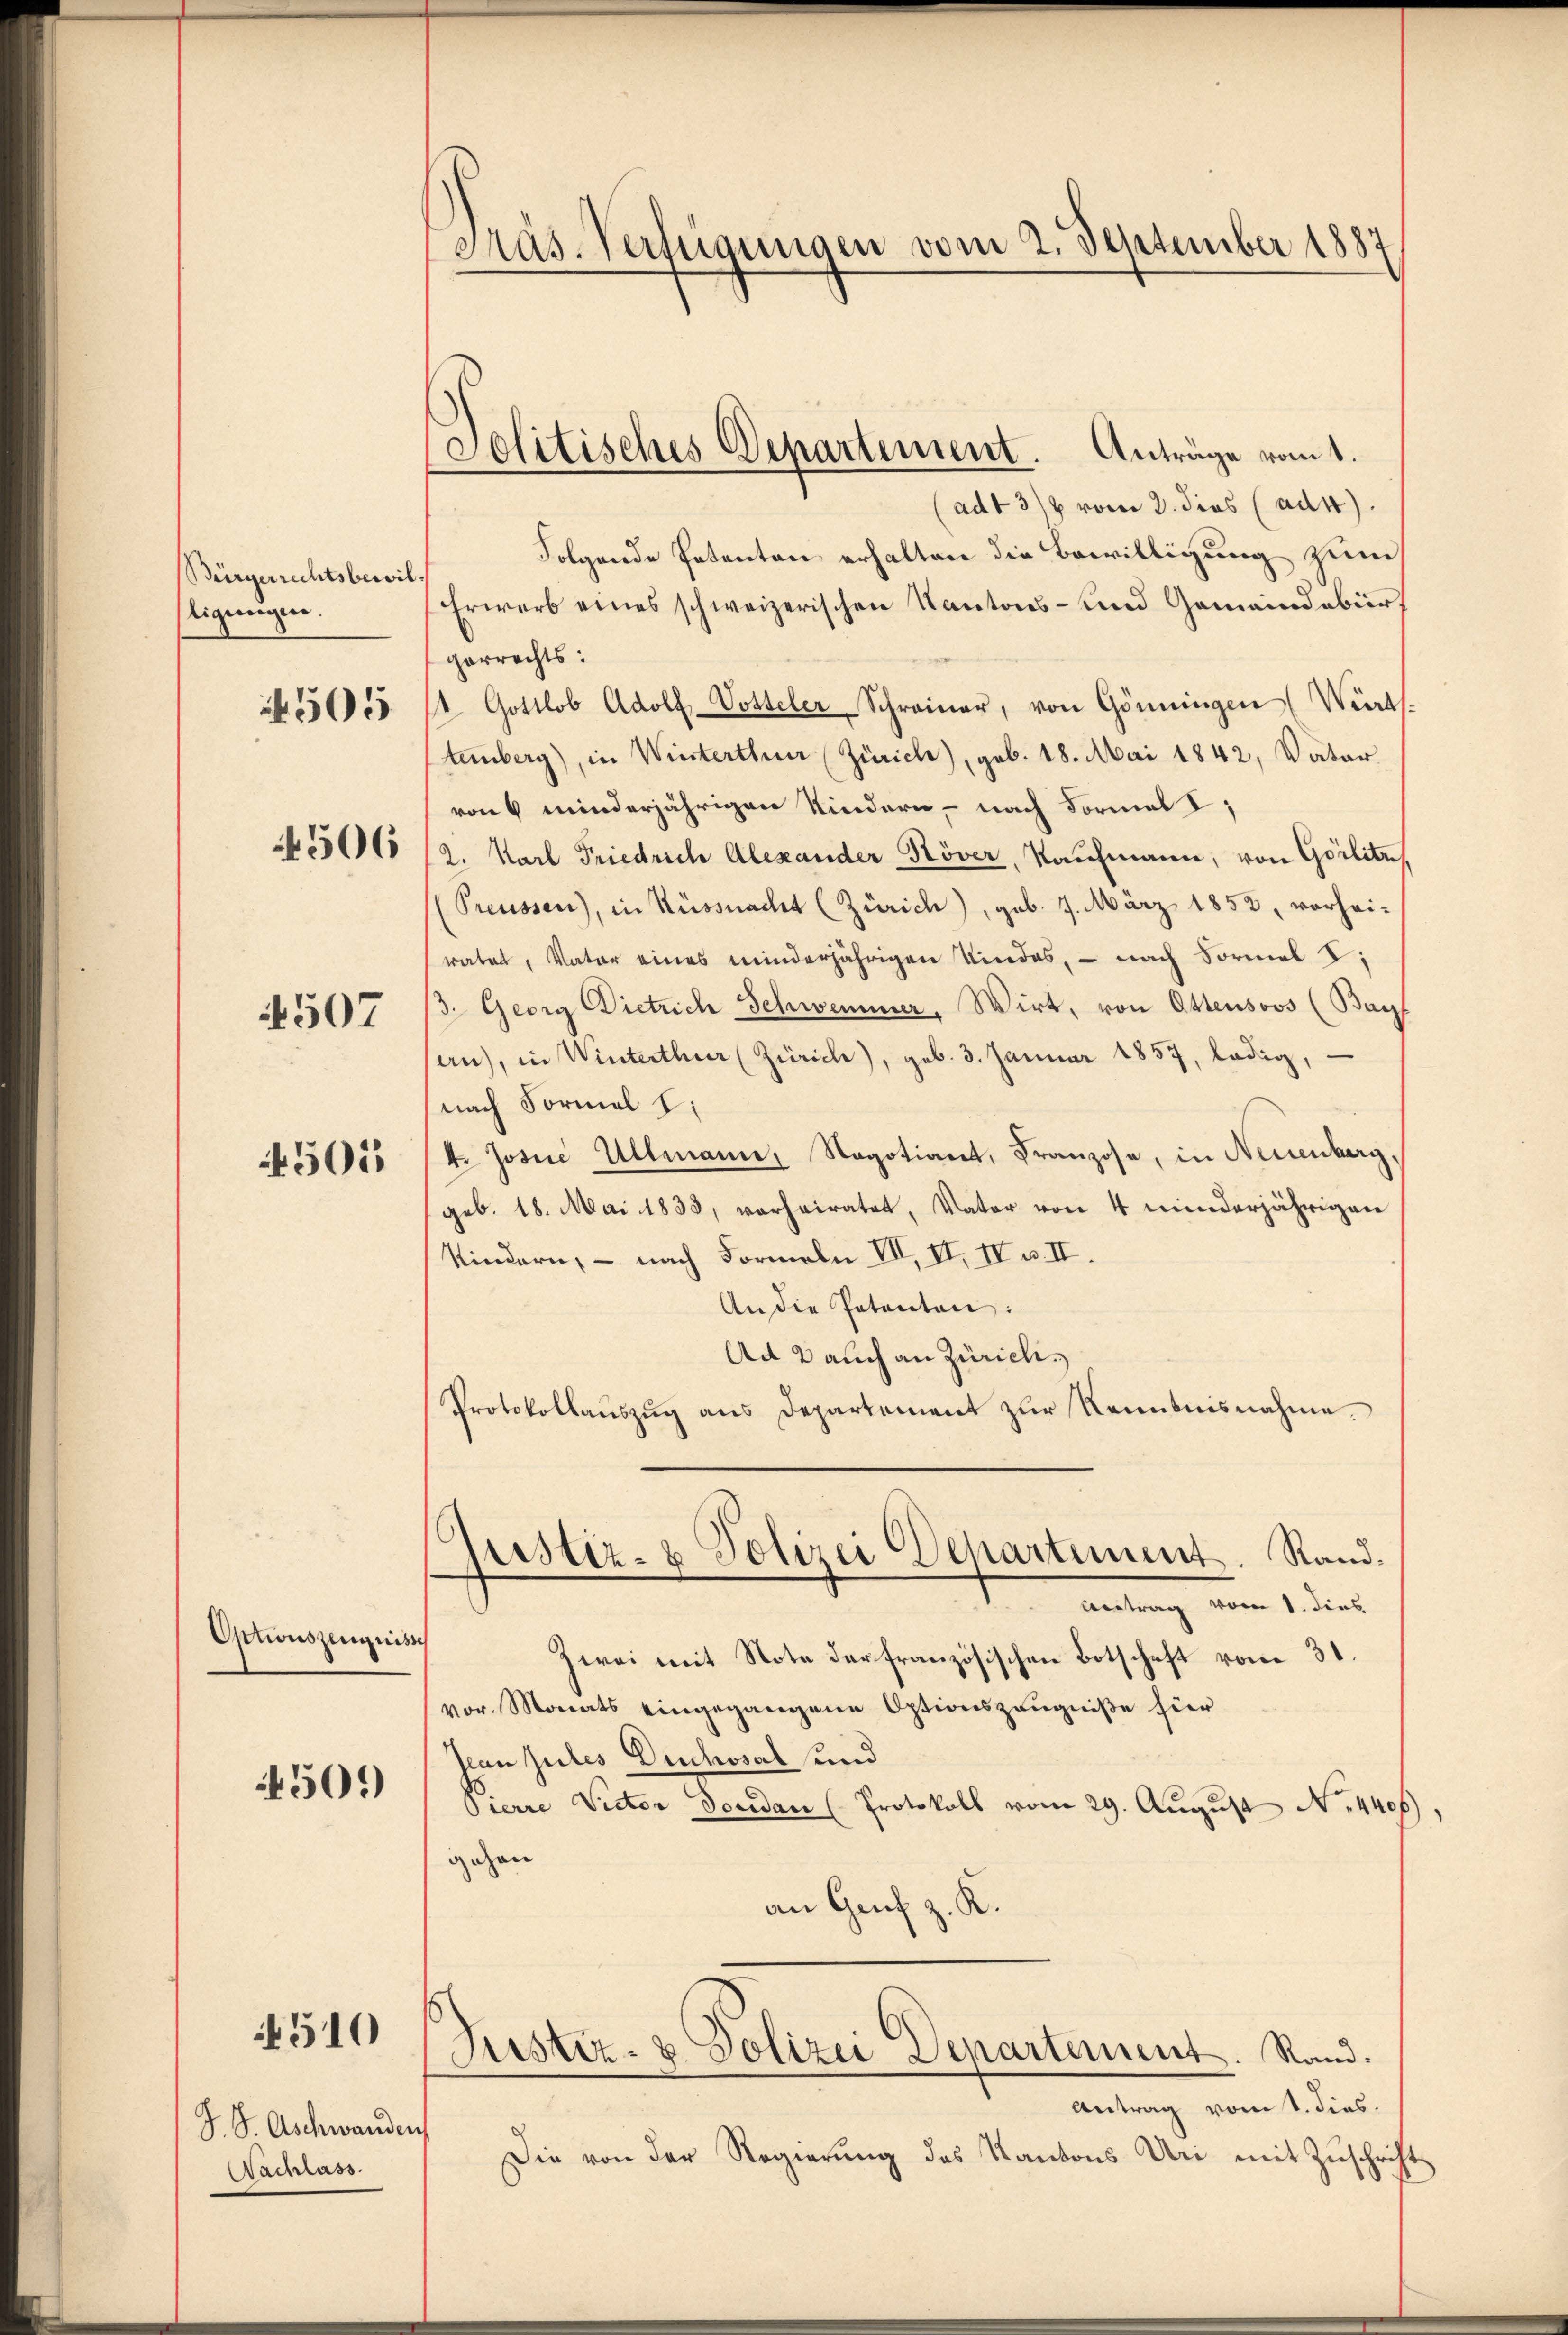
Bürgerrechtsbewil
ligungen.
4505

4506

4507

4505

Optionszeugnisse

450)

4510

S. S. Aschwanden
Nachlass.

Präs. Verfügungen vom 2. September 1887

Jolitisches Departement. Anträge vomt.

ad 4 3/4 vom 2. dies (ad4).
Folgende Petenten erhalten die Bewilligung zum
Erwerb eines schweizerischen Kantons- und Gemeindebürgerrechts:
 Gottlob Adolf Vosteler Schreiner, von Gönningen (Werts.
tenberg), in Winterthur (Zürich), geb. 18. Mai 1842, Vater
von 6 minderjährigen Kindern, nach Formel,
2. Karl Friedrich Alexander Köver, Kaufmann, von Görlitzs
(Preussen), in Küssnacht (Zürich), geb. 7. März 1852, vorhei-
ratet, Vater eines minderjährigen Kindes, - nach Formel
ß. Georg Dietrich Schwemmer, Wirt, von Ottensoos (Bay
san, in Winterthur (Zürich), geb. 3. Januar 1857, ledig,
nach Formal l:
4. Josia Ullmann, Negotiant, Franzose, in Neuenburg,
geb. 18. Mai 1833, verheiratet, Vater von 4 minderjährigen
Kindern, — nach Formeln VII, II, IV u. II.
An die Petenten:
Ad 2 auch an Zürich,
Protokollauszug aus Departement zur Kenntnisnahme.
pistiz- & Polizei Departement. Rand¬
Beitrag vom 1. dies
Zwei mit Note der französischen Botschaft vom 31.
vor. Monats eingegangene Optionszeugniße hier
Jean Gutes Duchosal und
Pierre Victor Dosidan (Protokoll vom 29. August No. 4406),
gehen
an Genf z. K.

Justiz- & Polizei Departement. Rand.

Antrag vom 1. dies
Die von der Regierung des Kantons Uri mit Zuschrift
f